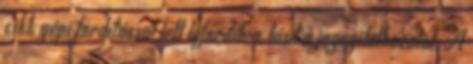
cikk gépi fordítással lett lefordítva, lásd a jognyilatkozatot. A